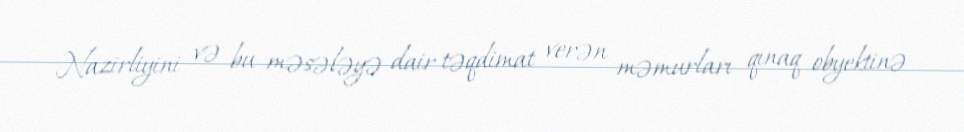
Nazirliyini və bu məsələyə dair təqdimat verən məmurları qınaq obyektinə